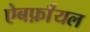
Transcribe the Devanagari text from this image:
ऐबर्फ़ाॅयल